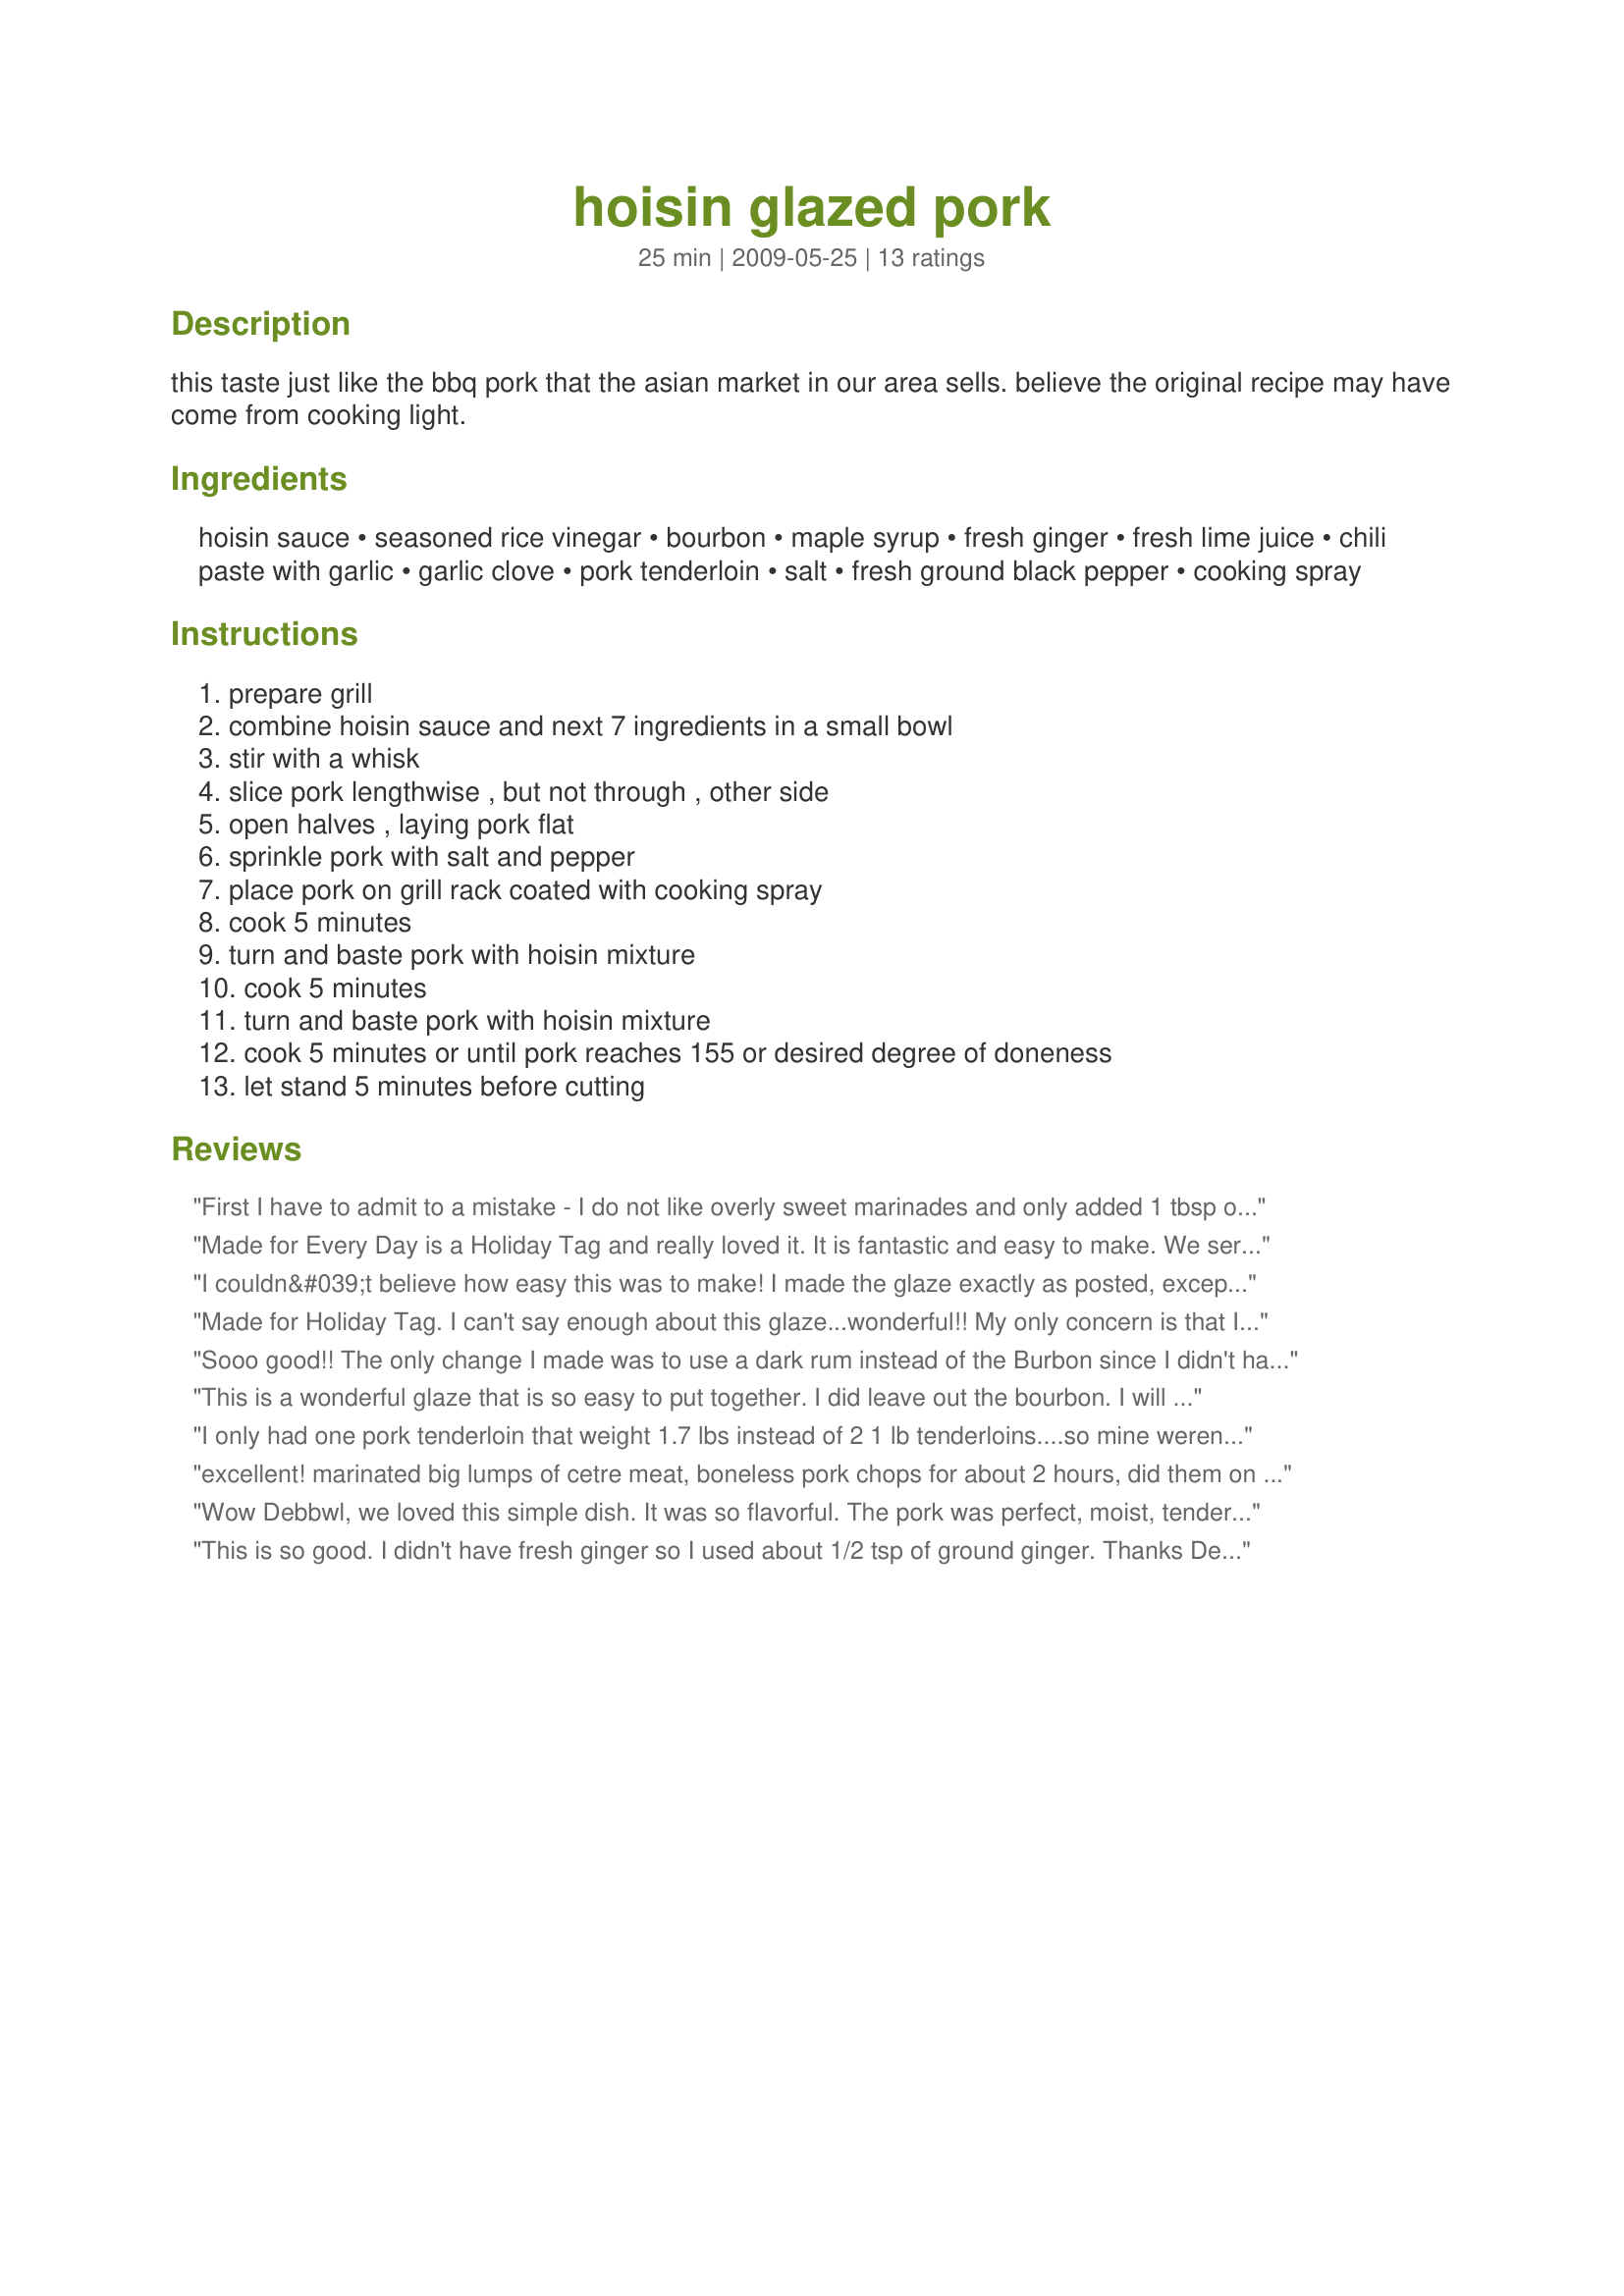
hoisin glazed pork
Preparation time: 25 minutes

this taste just like the bbq pork that the asian market in our area sells. believe the original recipe may have come from cooking light.

Ingredients:
hoisin sauce, seasoned rice vinegar, bourbon, maple syrup, fresh ginger, fresh lime juice, chili paste with garlic, garlic clove, pork tenderloin, salt, fresh ground black pepper, cooking spray

Steps:
prepare grill, combine hoisin sauce and next 7 ingredients in a small bowl, stir with a whisk, slice pork lengthwise , but not through , other side, open halves , laying pork flat, sprinkle pork with salt and pepper, place pork on grill rack coated with cooking spray, cook 5 minutes, turn and baste pork with hoisin mixture, cook 5 minutes, turn and baste pork with hoisin mixture, cook 5 minutes or until pork reaches 155 or desired degree of doneness, let stand 5 minutes before cutting

Reviews:
First I have to admit to a mistake - I do not like overly sweet marinades and only added 1 tbsp of maple syrup; mistake - it should have had 2 tbsp like the recipe says!! The maple syrup adds the glazing and wonderful crusty flavour. I will make again and this time do as told 8). Will also cook over higher heat to get that crustiness that we love. Made for PRMR - thanks for sharing
Made for Every Day is a Holiday Tag and really loved it. It is fantastic and easy to make. We served it with my Asian Skinny Fried Rice and it made a great meal. Thanks for posting.
I couldn&#039;t believe how easy this was to make! I made the glaze exactly as posted, except I could not find chili paste with garlic, and had to settle for plain chili paste. This really did take only 15 minutes on the grill! The butterflying of the tenderloin really speeds things up! The glaze is very flavorful and there is just the right amount. Made for Culinary Quest 2014.
Made for Holiday Tag. I can't say enough about this glaze...wonderful!! My only concern is that I wanted more! I used boneless centre cut pork chops and they were mouth-watering.I seasoned my chops with a chili-lime sans sel before grilling.Don't be afraid to up the heat when grilling to get that carmelized yumminess.
Update:I made this glaze for grilled salmon and omigoodness...it was super yummy! I spread some on my salmon fillets about 20 minutes before grilling then basted it with the glaze as it cooked.
Sooo good!! The only change I made was to use a dark rum instead of the Burbon since I didn't have any. Was so tender and juicy and the glaze was amazing, just the right amount of sweet and spicy; although next time I will cut out on the spicy a little for DSs' sake. Made for Zaar Stars.
This is a wonderful glaze that is so easy to put together. I did leave out the bourbon. I will keep this glaze in mind for a repeat. Made for Aussie Swap.
I only had one pork tenderloin that weight 1.7 lbs instead of 2 1 lb tenderloins....so mine weren't as thin as the recipe called for. But I used the total amount of the glaze, and then boiled the rest to serve as a topping or dip for the meat when it was done. Delicious! We made this tonight after traveling for 8 hours, and it was quick and easy to make....plus it was delicious. Loved it. Thanks for sharing!
excellent! marinated big lumps of cetre meat, boneless pork chops for about 2 hours, did them on an indoor grill. The meat was moist and tasty. We had eaten some of this meat the week before, and it was very dry, but this time it was great!
Next time I will do this in a heavy frypan, and use the excess marinade to make a sauce.
I made this exactly as written and would recomend it!
Wow Debbwl, we loved this simple dish. It was so flavorful. The pork was perfect, moist, tender and juicy. The sauce was incredible, it had so many layers of flavor. Thank you so much for sharing and thank you so much for being my swap partner this month. :)
This is so good. I didn't have fresh ginger so I used about 1/2 tsp of ground ginger. Thanks Debb :) Made for Holiday tag
This was very nice. My only draw back was the sauce just didn't penetrate the meat the way I would have liked and it didn't cook long enough to really get a good caramelization going, which is what I was looking for. The flavor was there though in this sauce. I might marinade it next time. Thanks for sharing. Made for PRMR tag game :)
This was alright, but didn't blow us away. I decided to make it because it sounded like it might be a bit out of the ordinary, but no one in my family loved it.
This is so darn good! Quick and easy to prepare. Just how I like things. I made as posted with the exception of cutting the recipe in half. What else can I say, the picture speaks for it self. Great BBQ recipe for the grill. The flavor is spot on. This is going in my best of 2009 recipes. Thanks for posting. :)
